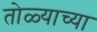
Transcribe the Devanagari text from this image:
तोळ्याच्या